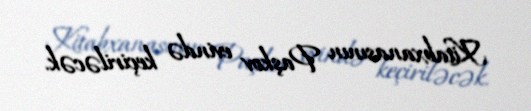
Kitabxanasının Paşkov evində keçiriləcək.